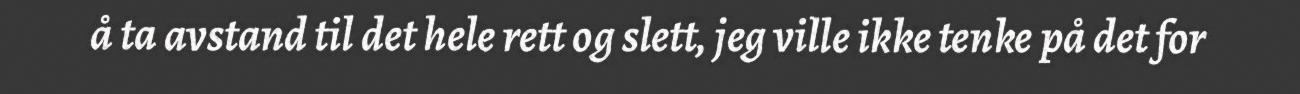
å ta avstand til det hele rett og slett, jeg ville ikke tenke på det for